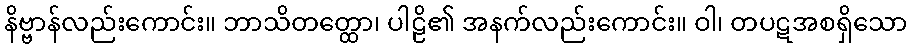
နိဗ္ဗာန်လည်းကောင်း။ ဘာသိတတ္ထော၊ ပါဠိ၏ အနက်လည်းကောင်း။ ဝါ၊ တပဋအစရှိသော